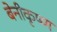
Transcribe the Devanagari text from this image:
बेनीकृष्ण